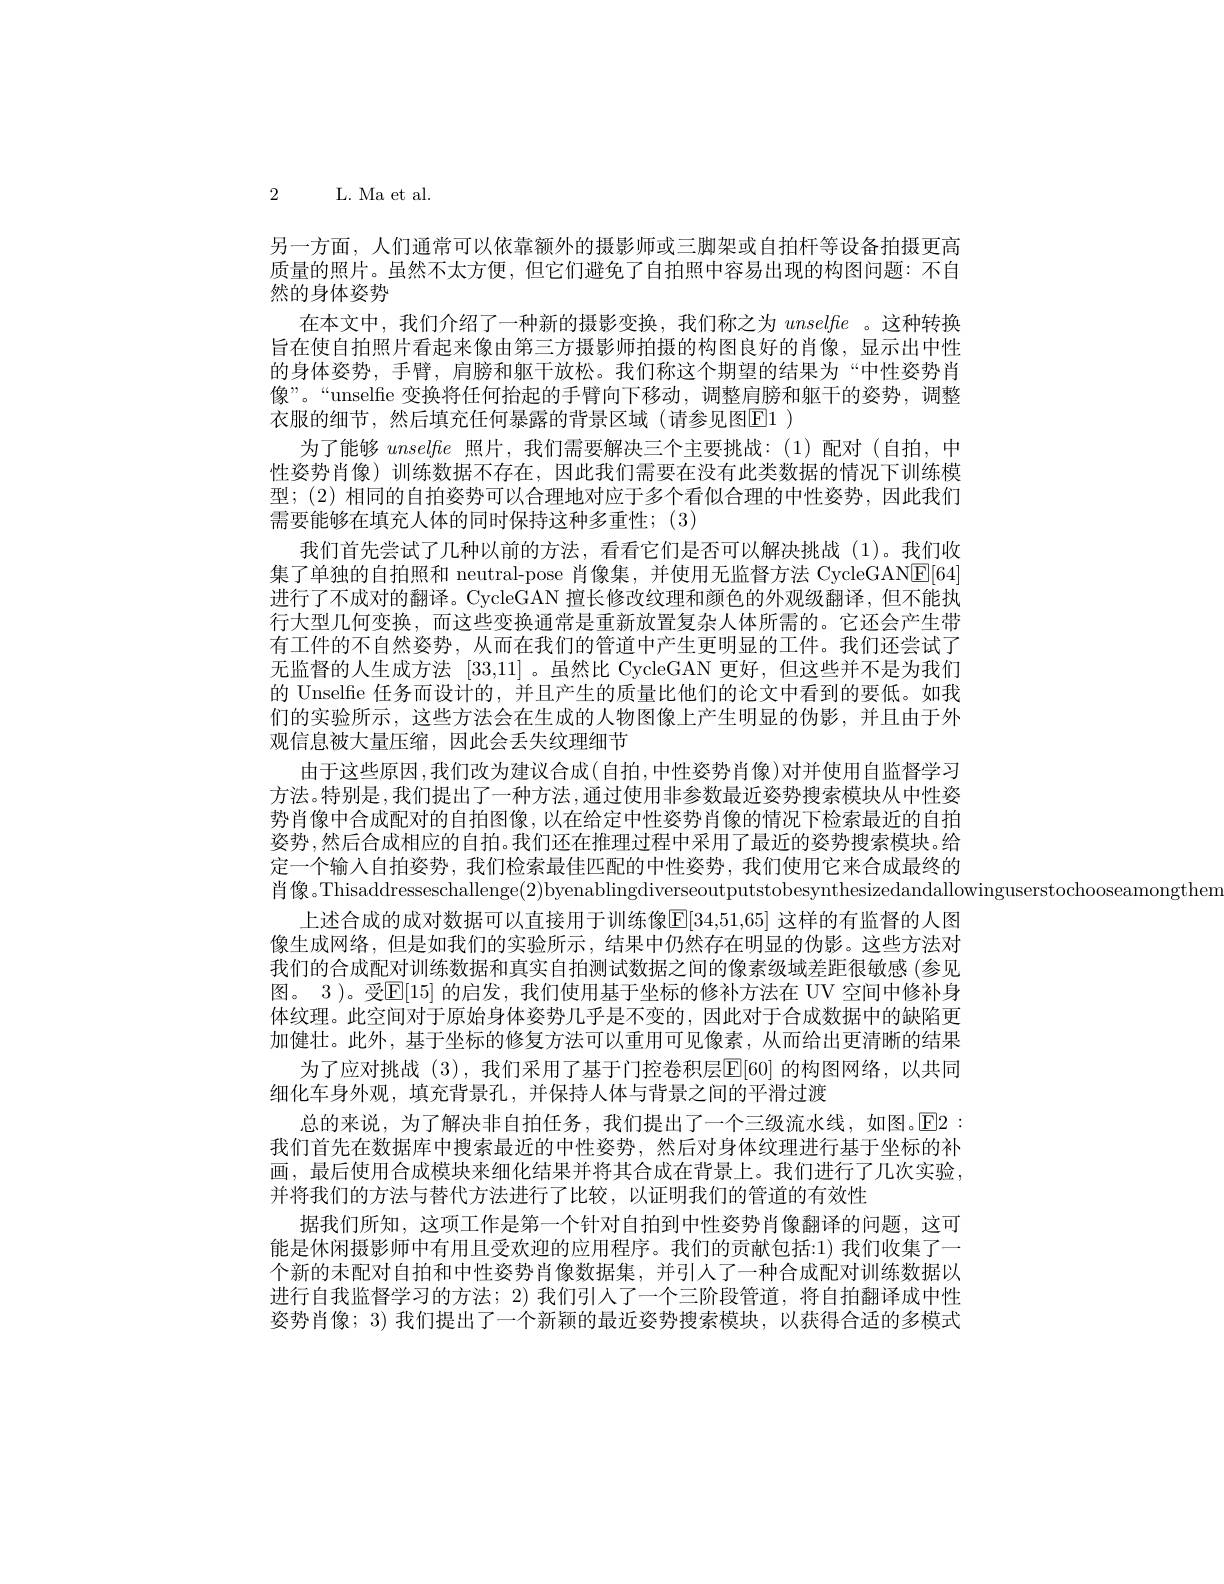
2 L. Ma et al.

另一方面，人们通常可以依靠额外的摄影师或三脚架或自拍杆等设备拍摄更高质量的照片。虽然不太方便，但它们避免了自拍照中容易出现的构图问题：不自然的身体姿势
在本文中，我们介绍了一种新的摄影变换，我们称之为unselfe 。这种转换旨在使自拍照片看起来像由第三方摄影师拍摄的构图良好的肖像，显示出中性的身体姿势，手臂，肩膀和躯干放松。我们称这个期望的结果为“中性姿势肖像”。“unselfie 变换将任何抬起的手臂向下移动，调整肩膀和躯干的姿势，调整衣服的细节，然后填充任何暴露的背景区域(请参见图El )
为了能够unselfhe照片，我们需要解决三个主要挑战：(1)配对(自拍，中性姿势肖像)训练数据不存在，因此我们需要在没有此类数据的情况下训练模型；(2)相同的自拍姿势可以合理地对应于多个看似合理的中性姿势，因此我们需要能够在填充人体的同时保持这种多重性；(3)
我们首先尝试了几种以前的方法，看看它们是否可以解决挑战(1)。我们收集了单独的自拍照和 neutral-pose 肖像集，并使用无监督方法 CycleGANE[64] 进行了不成对的翻译。CycleGAN 擅长修改纹理和颜色的外观级翻译，但不能执行大型几何变换，而这些变换通常是重新放置复杂人体所需的。它还会产生带有工件的不自然姿势，从而在我们的管道中产生更明显的工件。我们还尝试了无监督的人生成方法[33,11] 。虽然比 CycleGAN 更好，但这些并不是为我们的 Unselfie 任务而设计的，并且产生的质量比他们的论文中看到的要低。如我们的实验所示，这些方法会在生成的人物图像上产生明显的伪影，并且由于外观信息被大量压缩，因此会丢失纹理细节
由于这些原因，我们改为建议合成(自拍，中性姿势肖像)对并使用自监督学习方法。特别是，我们提出了一种方法，通过使用非参数最近姿势搜索模块从中性姿势肖像中合成配对的自拍图像，以在给定中性姿势肖像的情况下检索最近的自拍姿势，然后合成相应的自拍。我们还在推理过程中采用了最近的姿势搜索模块。给定一个输入自拍姿势，我们检索最佳匹配的中性姿势，我们使用它来合成最终的肖像。Thisaddresseschallenge(2)byenablingdiverseoutputstobesynthesizedandallowinguserstochooseamongthem
上述合成的成对数据可以直接用于训练像E[34,51,65] 这样的有监督的人图像生成网络，但是如我们的实验所示，结果中仍然存在明显的伪影。这些方法对我们的合成配对训练数据和真实自拍测试数据之间的像素级域差距很敏感(参见图。3 )。受$\mathbb{E}[15]$ 的启发，我们使用基于坐标的修补方法在 UV 空间中修补身体纹理。此空间对于原始身体姿势几乎是不变的，因此对于合成数据中的缺陷更加健壮。此外，基于坐标的修复方法可以重用可见像素，从而给出更清晰的结果
为了应对挑战(3),我们采用了基于门控卷积层$\mathbb{E}[60]$ 的构图网络，以共同
细化车身外观，填充背景孔，并保持人体与背景之间的平滑过渡
总的来说，为了解决非自拍任务，我们提出了一个三级流水线，如图。$\overline{\mathrm{E}}2:$ 我们首先在数据库中搜索最近的中性姿势，然后对身体纹理进行基于坐标的补画，最后使用合成模块来细化结果并将其合成在背景上。我们进行了几次实验， 并将我们的方法与替代方法进行了比较，以证明我们的管道的有效性
据我们所知，这项工作是第一个针对自拍到中性姿势肖像翻译的问题，这可能是休闲摄影师中有用且受欢迎的应用程序。我们的贡献包括：1) 我们收集了一个新的未配对自拍和中性姿势肖像数据集，并引人了一种合成配对训练数据以进行自我监督学习的方法；2) 我们引人了一个三阶段管道，将自拍翻译成中性姿势肖像；3)我们提出了一个新颖的最近姿势搜索模块，以获得合适的多模式